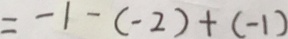
= - 1 - ( - 2 ) + ( - 1 )